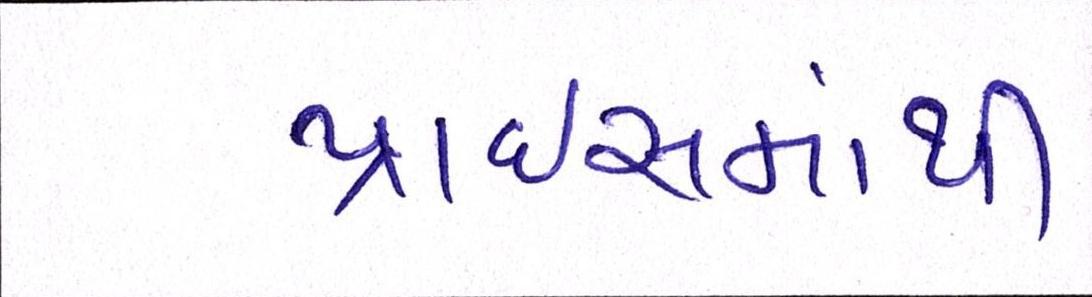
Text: પ્રાઇસમાંથી